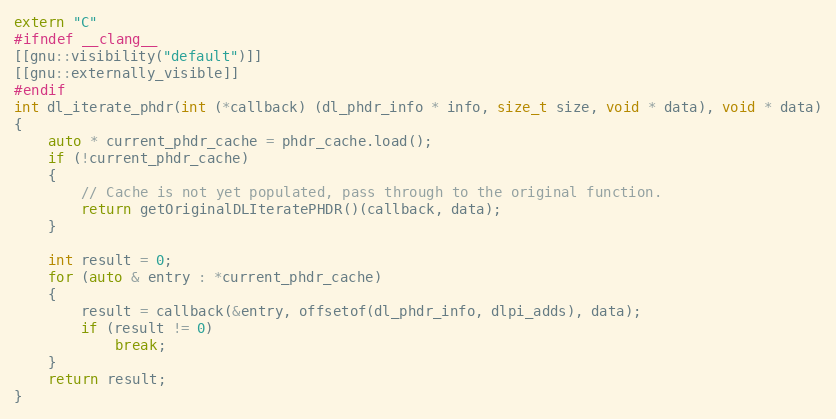
Language: C++
extern "C"
#ifndef __clang__
[[gnu::visibility("default")]]
[[gnu::externally_visible]]
#endif
int dl_iterate_phdr(int (*callback) (dl_phdr_info * info, size_t size, void * data), void * data)
{
    auto * current_phdr_cache = phdr_cache.load();
    if (!current_phdr_cache)
    {
        // Cache is not yet populated, pass through to the original function.
        return getOriginalDLIteratePHDR()(callback, data);
    }

    int result = 0;
    for (auto & entry : *current_phdr_cache)
    {
        result = callback(&entry, offsetof(dl_phdr_info, dlpi_adds), data);
        if (result != 0)
            break;
    }
    return result;
}